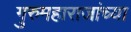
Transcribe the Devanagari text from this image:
गुरुमहाराजांच्या